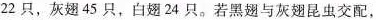
22只，灰翅45只，白翅24只。若黑翅与灰翅昆虫交配，